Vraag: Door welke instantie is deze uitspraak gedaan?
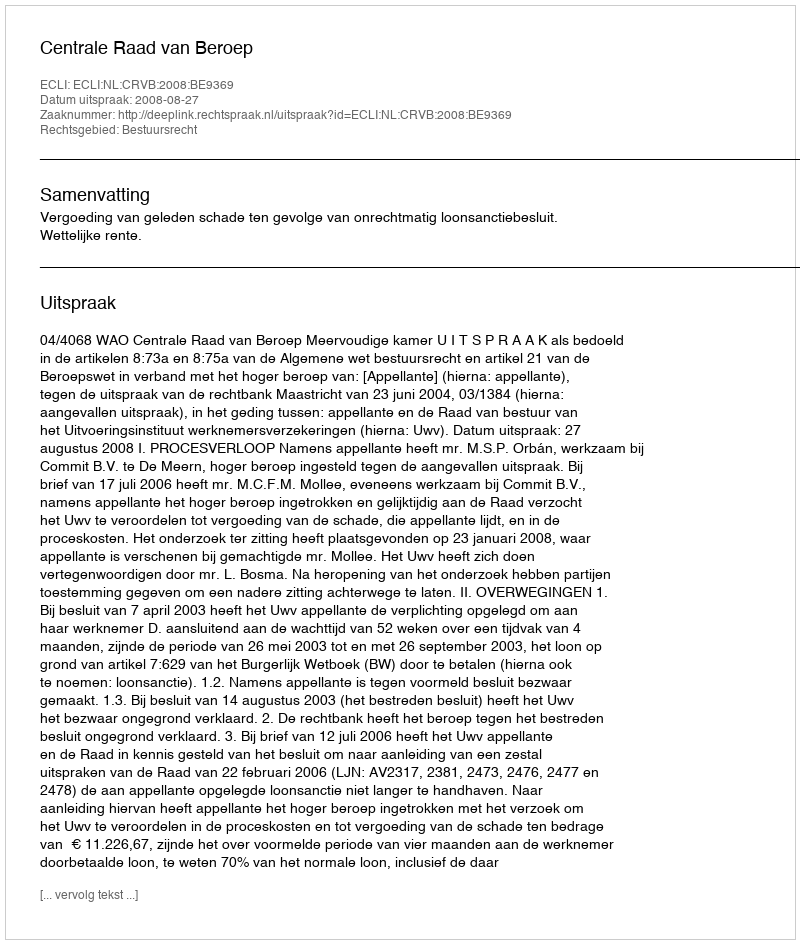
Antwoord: Centrale Raad van Beroep